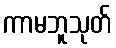
ကာမဘူသုတ်